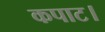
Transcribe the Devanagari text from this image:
कपाट।